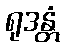
ရုဒန္တံ